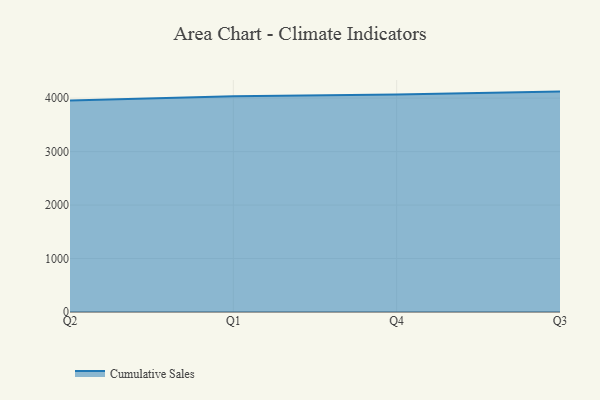
{"axis": {"x": "Quarter", "y": "Population (Million)"}, "legend": ["Cumulative Sales"], "data": [{"x": "Q2", "y": 3957.6, "type": "Cumulative Sales"}, {"x": "Q1", "y": 4032.8, "type": "Cumulative Sales"}, {"x": "Q4", "y": 4069.7, "type": "Cumulative Sales"}, {"x": "Q3", "y": 4121.8, "type": "Cumulative Sales"}]}